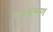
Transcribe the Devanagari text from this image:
वनभ्रमण